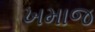
ખમાજ